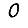
Digit: 0